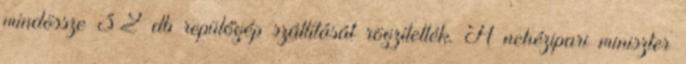
mindössze 32 db repülőgép szállítását rögzítették. A nehézipari miniszter